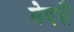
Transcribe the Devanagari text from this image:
मेदसैं